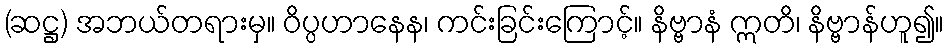
(ဆဋ္ဌ) အဘယ်တရားမှ။ ဝိပ္ပဟာနေန၊ ကင်းခြင်းကြောင့်။ နိဗ္ဗာနံ ဣတိ၊ နိဗ္ဗာန်ဟူ၍။